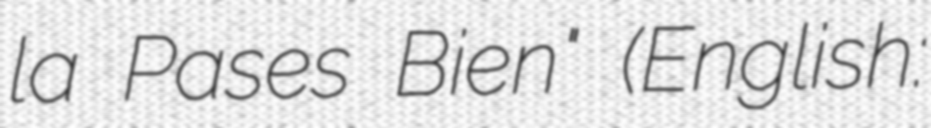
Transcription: la Pases Bien" (English: